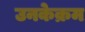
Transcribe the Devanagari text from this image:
उनकेक्रम